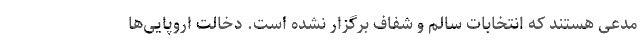
مدعی هستند که انتخابات سالم و شفاف برگزار نشده است. دخالت‌ اروپایی‌ها